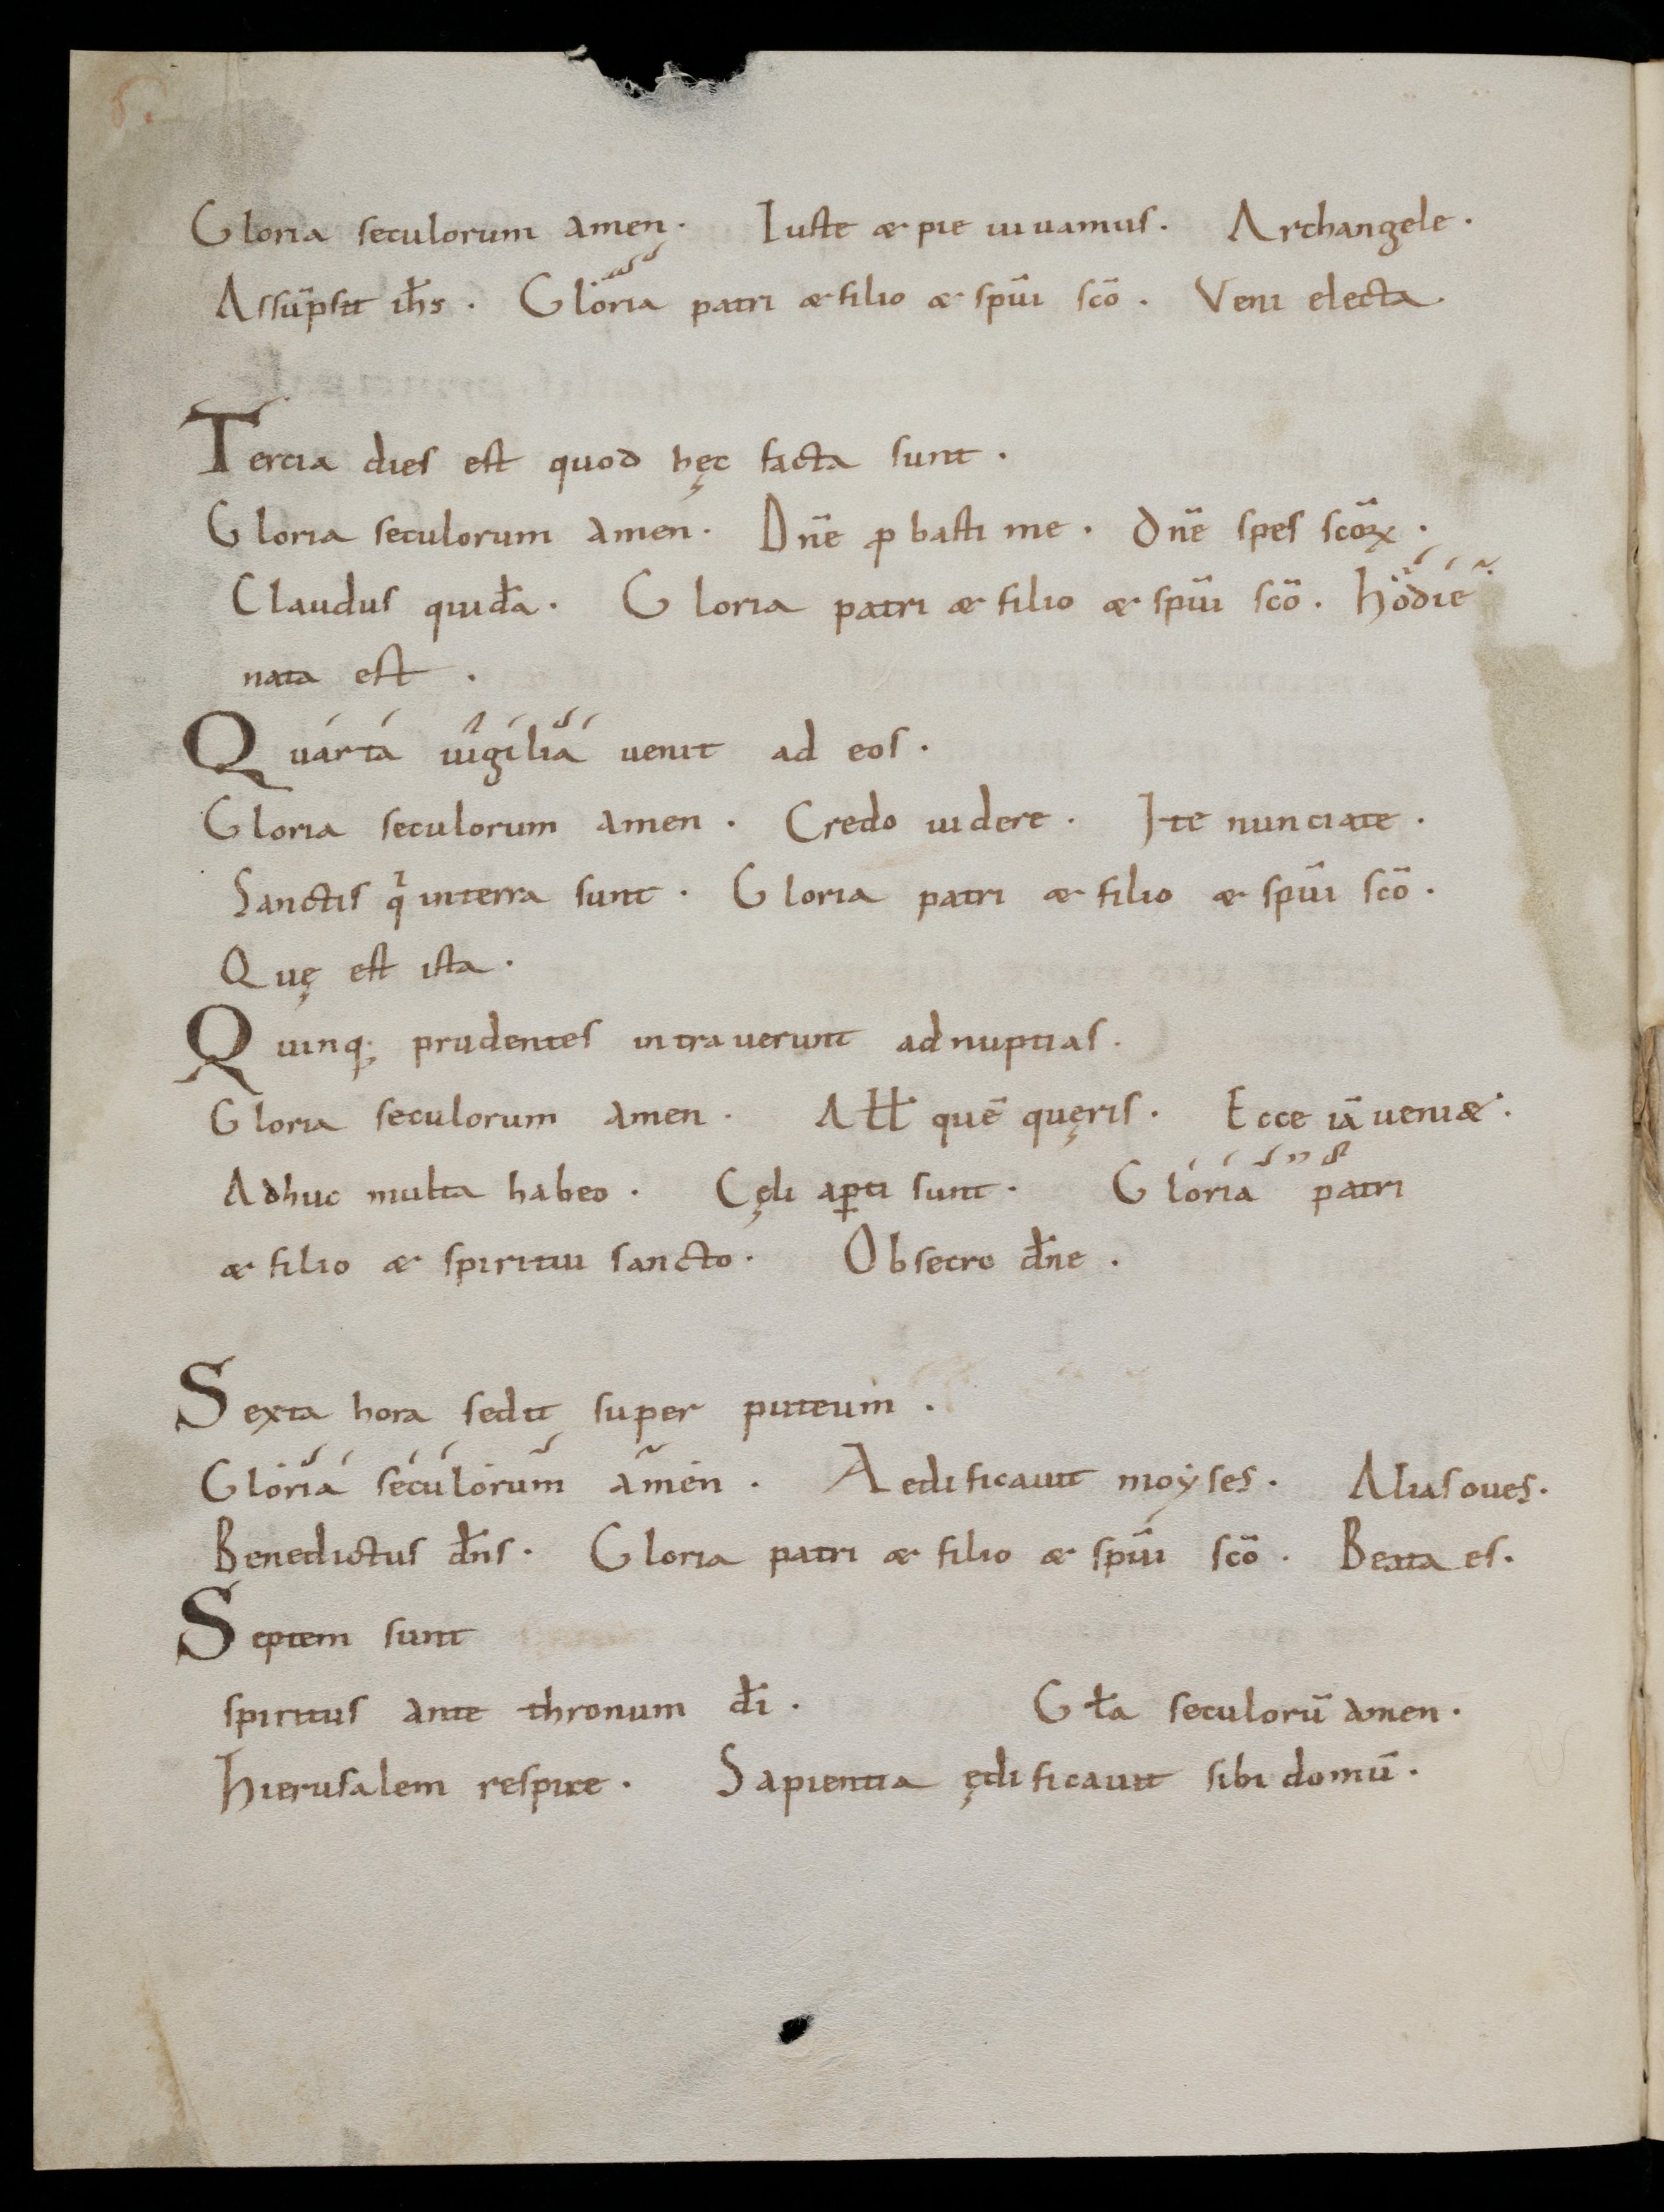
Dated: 1000–1099